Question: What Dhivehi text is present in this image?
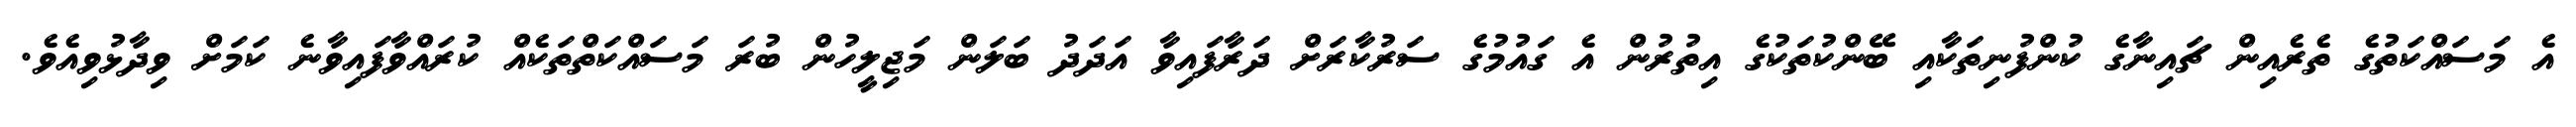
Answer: އެ މަސައްކަތުގެ ތެރެއިން ޗައިނާގެ ކުންފުނިތަކާއި ބޭންކުތަކުގެ އިތުރުން އެ ގައުމުގެ ސަރުކާރަށް ދަރާފައިވާ އަދަދު ބަލަން މަޖިލީހުން ބުރަ މަސައްކަތްތަކެއް ކުރައްވާފައިވާނެ ކަމަށް ވިދާޅުވިއެވެ.